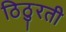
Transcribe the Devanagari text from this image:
ठिठुरती